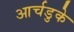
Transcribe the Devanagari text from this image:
आर्चडुके